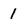
Character: 1